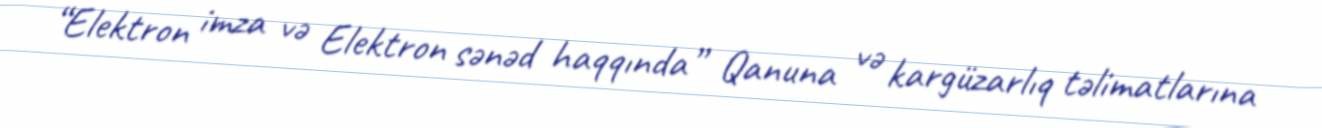
“Elektron imza və Elektron sənəd haqqında” Qanuna və kargüzarlıq təlimatlarına